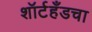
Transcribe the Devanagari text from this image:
शॉर्टहँडचा